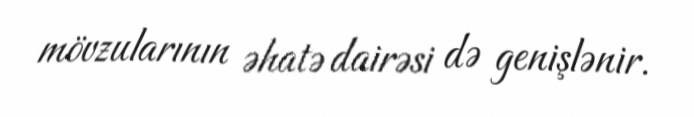
mövzularının əhatə dairəsi də genişlənir.